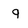
Character: q